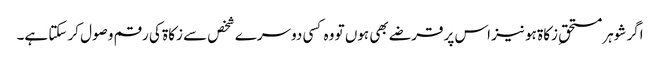
اگر شوہر مستحقِ زکاۃ ہو نیز اس پر قرضے بھی ہوں تو وہ کسی دوسرے شخص سے زکاۃ کی رقم وصول کر سکتا ہے۔